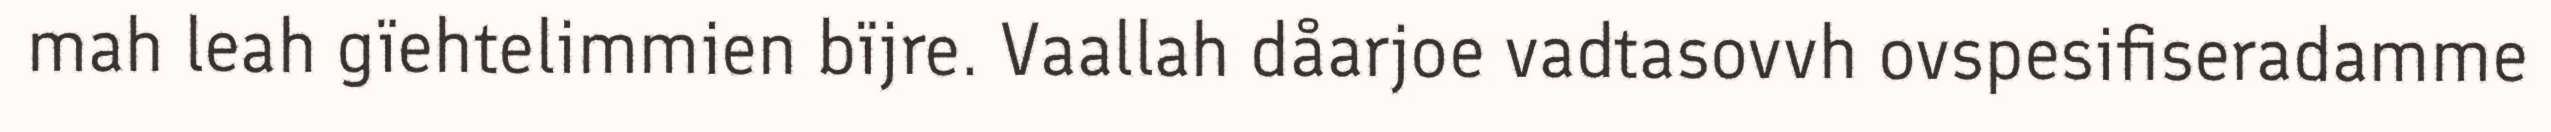
mah leah gïehtelimmien bïjre. Vaallah dåarjoe vadtasovvh ovspesifiseradamme